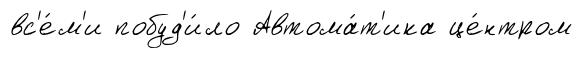
вс'е́м'и побуд'и́ло Автома́т'ика це́нтром